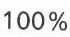
100 %